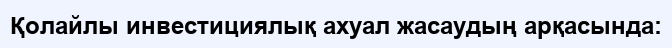
Қолайлы инвестициялық ахуал жасаудың арқасында: